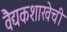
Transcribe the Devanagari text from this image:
वैद्यकशाखेची